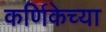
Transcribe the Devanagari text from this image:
कर्णिकेच्या